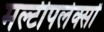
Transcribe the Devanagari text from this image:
मल्टीपलेक्सों